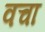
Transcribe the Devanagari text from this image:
वचा